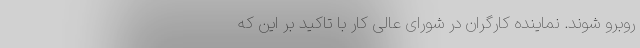
روبرو شوند. نماینده کارگران در شورای عالی کار با تاکید بر این که